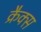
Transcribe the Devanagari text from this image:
क्रैक्‍स